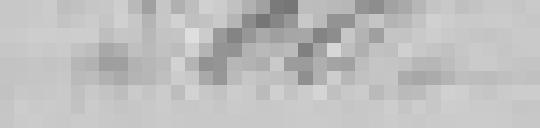
300